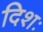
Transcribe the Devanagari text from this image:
दिशः